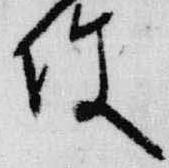
使